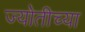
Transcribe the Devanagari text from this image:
ज्योतीच्या